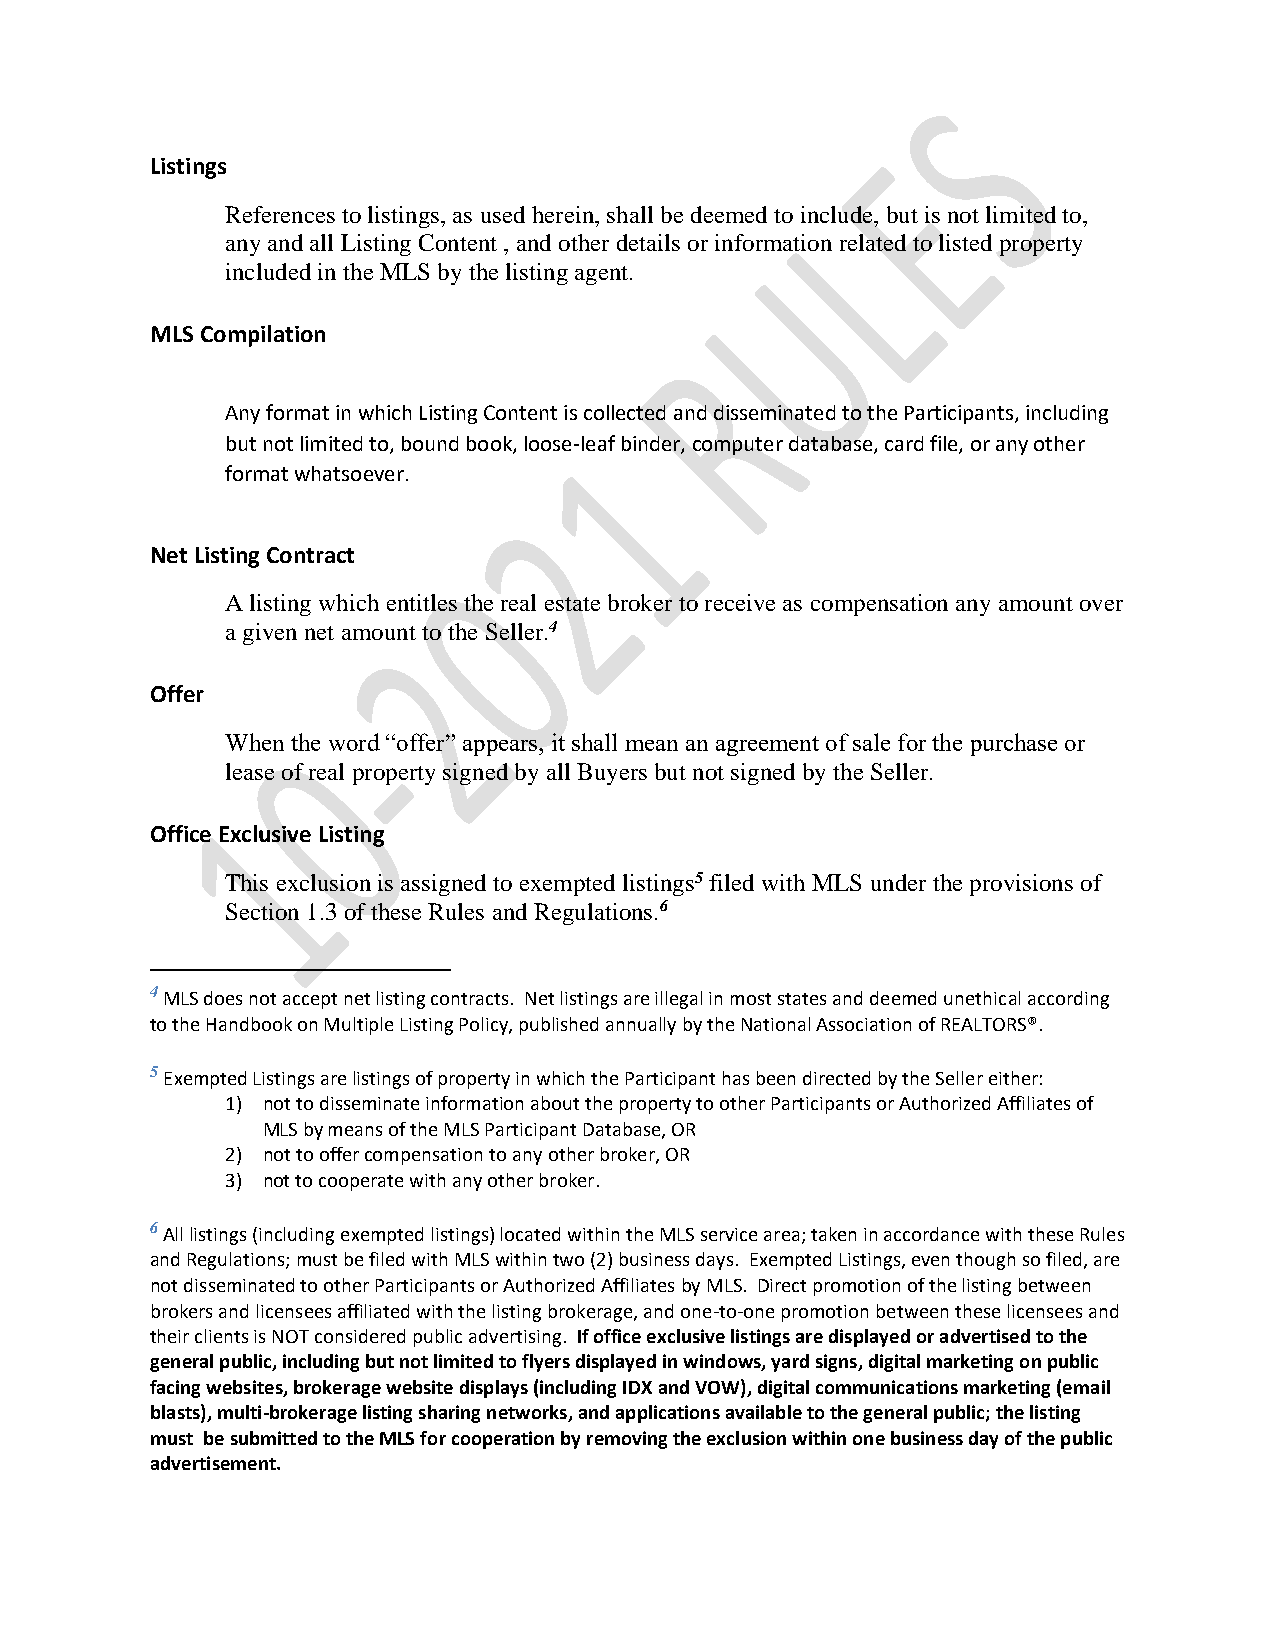
Listings
 References to listings, as used herein, shall be deemed to include, but is not limited to,
 any and all Listing Content , and other details or information related to listed property
 included in the MLS by the listing agent.
 MLS Compilation
 Any format in which Listing Content is collected and disseminated to the Participants, including
 but not limited to, bound book, loose-leaf binder, computer database, card file, or any other
 format whatsoever.
 Net Listing Contract
 A listing which entitles the real estate broker to receive as compensation any amount over
 a given net amount to the Seller.4
 Offer
 When the word “offer” appears, it shall mean an agreement of sale for the purchase or
 lease of real property signed by all Buyers but not signed by the Seller.
 Office Exclusive Listing
 This exclusion is assigned to exempted listings5 filed with MLS under the provisions of
 Section 1.3 of these Rules and Regulations.6
 4 MLS does not accept net listing contracts. Net listings are illegal in most states and deemed unethical according
 to the Handbook on Multiple Listing Policy, published annually by the National Association of REALTORS®.
 5 Exempted Listings are listings of property in which the Participant has been directed by the Seller either:
 1) not to disseminate information about the property to other Participants or Authorized Affiliates of
 MLS by means of the MLS Participant Database, OR
 2) not to offer compensation to any other broker, OR
 3) not to cooperate with any other broker.
 6 All listings (including exempted listings) located within the MLS service area; taken in accordance with these Rules
 and Regulations; must be filed with MLS within two (2) business days. Exempted Listings, even though so filed, are
 not disseminated to other Participants or Authorized Affiliates by MLS. Direct promotion of the listing between
 brokers and licensees affiliated with the listing brokerage, and one-to-one promotion between these licensees and
 their clients is NOT considered public advertising. If office exclusive listings are displayed or advertised to the
 general public, including but not limited to flyers displayed in windows, yard signs, digital marketing on public
 facing websites, brokerage website displays (including IDX and VOW), digital communications marketing (email
 blasts), multi-brokerage listing sharing networks, and applications available to the general public; the listing
 must be submitted to the MLS for cooperation by removing the exclusion within one business day of the public
 advertisement.